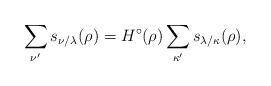
LaTeX: \begin{align*}\sum_{\nu' } s_{\nu/\lambda}(\rho) = H^\circ(\rho) \sum_{\kappa' } s_{\lambda/\kappa}(\rho),\end{align*}